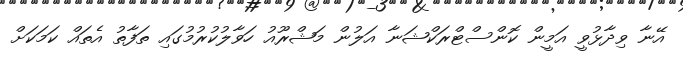
އޭނާ ވިދާޅުވީ އަމީން ކޮންސްޓްރަކްޝަނާ އަލުން މަޝްރޫއު ހަވާލުކުރުމުގައި ތަފާތު އެތައް ކަމަކަށް